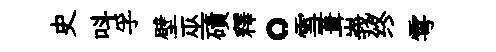
史呌孚壁巫磧釋。雪葺峩终雩